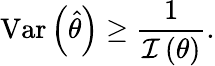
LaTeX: \operatorname{Var}\left({\hat{\theta}}\right)\geq{\frac{1}{{\mathcal{I}}\left(\theta\right)}}.